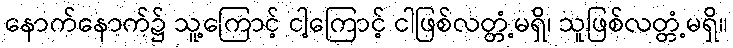
နောက်နောက်၌ သူ့ကြောင့် ငါ့ကြောင့် ငါဖြစ်လတ္တံ့မရှိ၊ သူဖြစ်လတ္တံ့မရှိ။